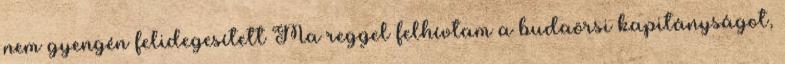
nem gyengén felidegesített Ma reggel felhívtam a budaörsi kapitányságot,